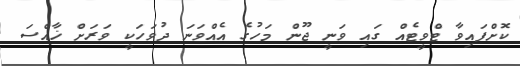
ކޮށްފައިވާ ޓްވީޓެއް ގައި ވަނީ ޖޫން މަހުގެ އެއްވަނަ ދުވަހަކީ ވަރަށް ޚާއްސަ